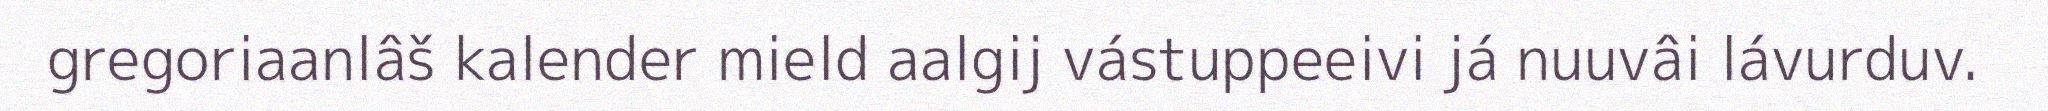
gregoriaanlâš kalender mield aalgij vástuppeeivi já nuuvâi lávurduv.